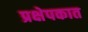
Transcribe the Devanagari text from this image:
प्रक्षेपकात